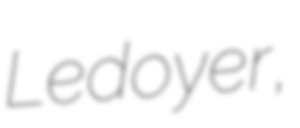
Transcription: Ledoyer,